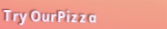
TryOurPizza